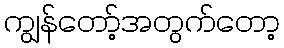
ကျွန်တော့်အတွက်တော့